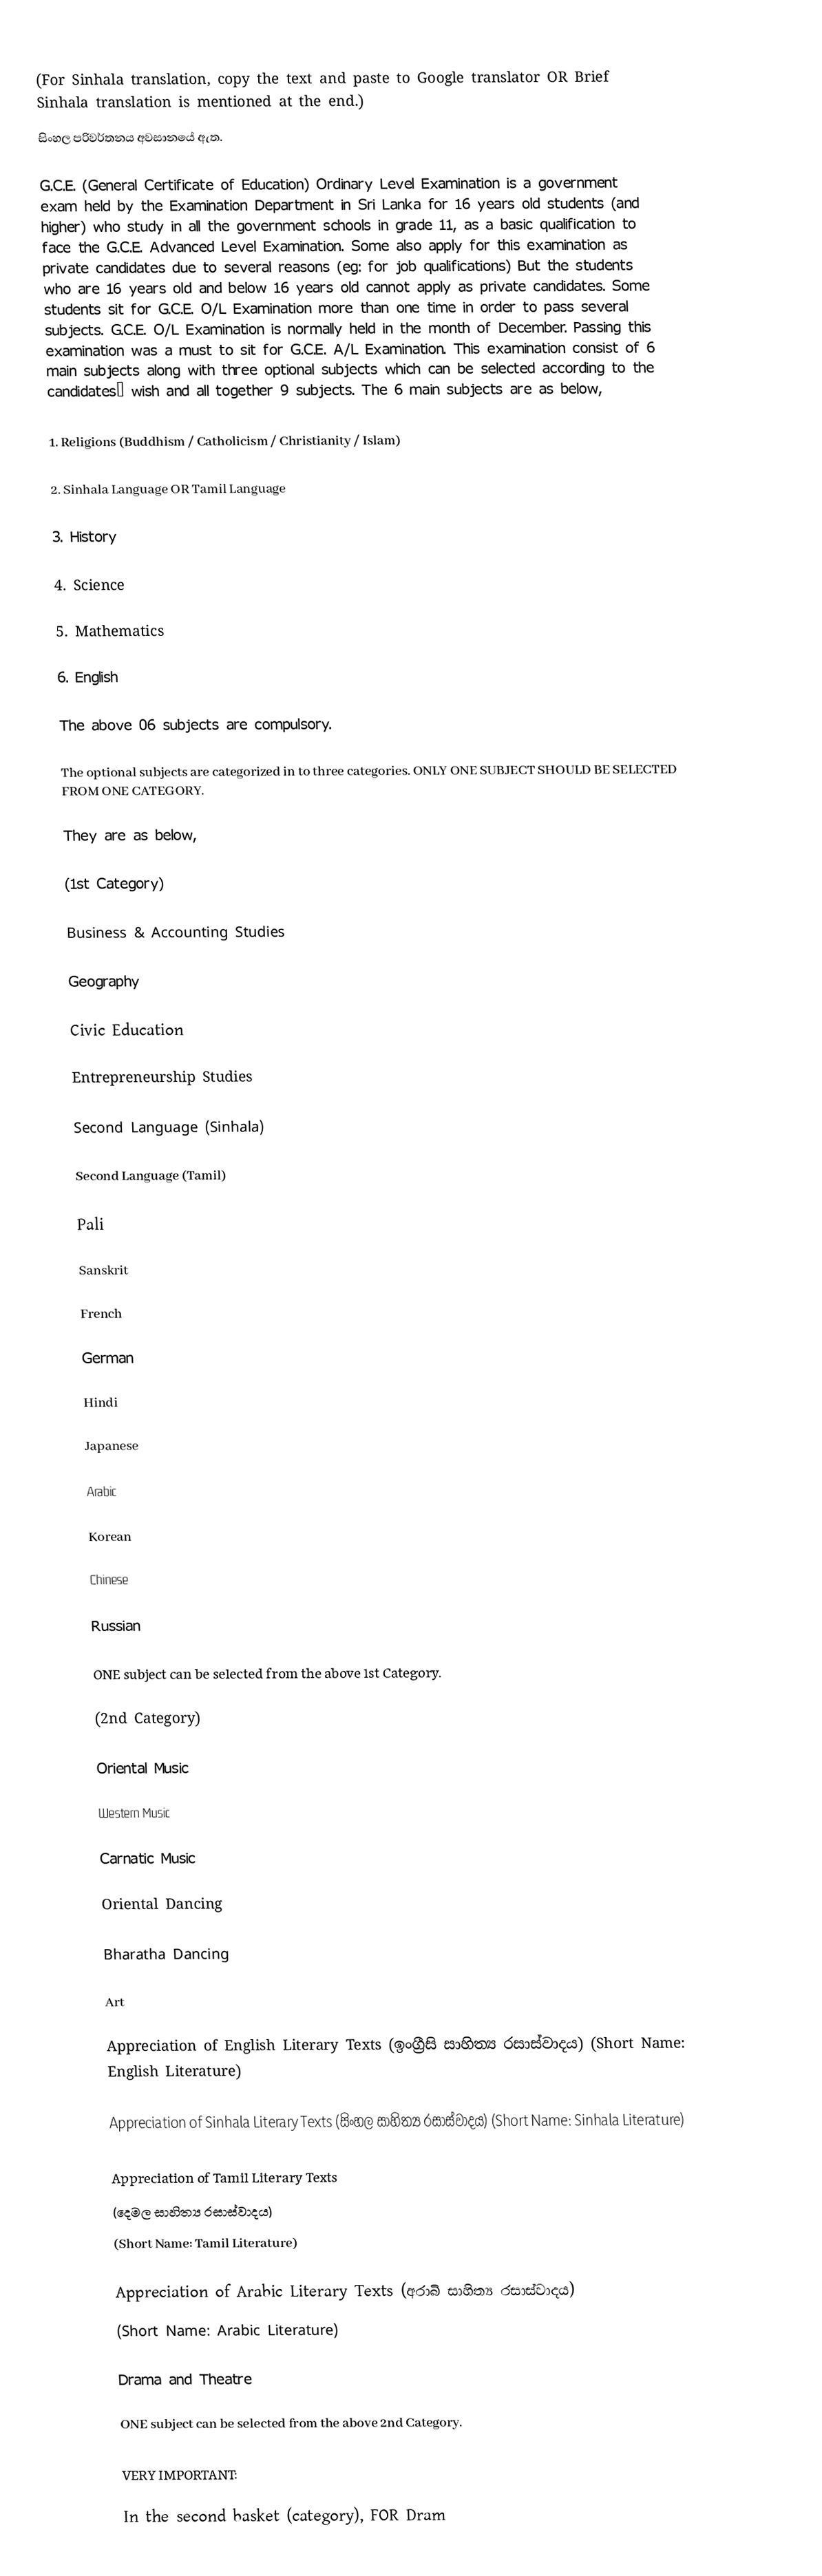
(For Sinhala translation, copy the text and paste to Google translator OR Brief Sinhala translation is mentioned at the end.)
සිංහල පරිවර්තනය අවසානයේ ඇත.

G.C.E. (General Certificate of Education) Ordinary Level Examination is a government exam held by the Examination Department in Sri Lanka for 16 years old students (and higher) who study in all the government schools in grade 11, as a basic qualification to face the G.C.E. Advanced Level Examination. Some also apply for this examination as private candidates due to several reasons (eg: for job qualifications) But the students who are 16 years old and below 16 years old cannot apply as private candidates. Some students sit for G.C.E. O/L Examination more than one time in order to pass several subjects. G.C.E. O/L Examination is normally held in the month of December. Passing this examination was a must to sit for G.C.E. A/L Examination. This examination consist of 6 main subjects along with three optional subjects which can be selected according to the candidates’ wish and all together 9 subjects. The 6 main subjects are as below,

1. Religions (Buddhism / Catholicism / Christianity / Islam)

2. Sinhala Language OR Tamil Language

3. History

4. Science

5. Mathematics

6. English

The above 06 subjects are compulsory.

The optional subjects are categorized in to three categories. ONLY ONE SUBJECT SHOULD BE SELECTED FROM ONE CATEGORY.

They are as below,

         (1st Category)

Business & Accounting Studies

Geography

Civic Education

Entrepreneurship Studies

Second Language (Sinhala)

Second Language (Tamil)

Pali

Sanskrit

French

German

Hindi

Japanese

Arabic

Korean

Chinese

Russian

ONE subject can be selected from the above 1st Category.

           (2nd Category)

Oriental Music

Western Music

Carnatic Music

Oriental Dancing

Bharatha Dancing

Art

Appreciation of English Literary Texts (ඉංග්‍රීසි සාහිත්‍ය රසාස්වාදය) (Short Name: English Literature)

Appreciation of Sinhala Literary Texts (සිංහල සාහිත්‍ය රසාස්වාදය)  (Short Name: Sinhala Literature)

Appreciation of Tamil Literary Texts
(දෙමල සාහිත්‍ය රසාස්වාදය)
(Short Name: Tamil Literature)

Appreciation of Arabic Literary Texts (අරාබි සාහිත්‍ය රසාස්වාදය)
(Short Name: Arabic Literature)

Drama and Theatre

ONE subject can be selected from the above 2nd Category.

           VERY IMPORTANT:

 In the second basket (category), FOR Dram